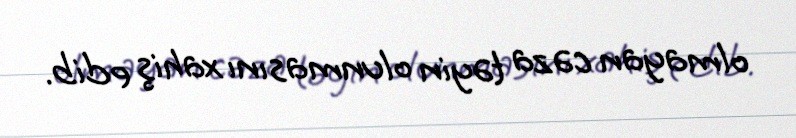
olmayan cəza təyin olunmasını xahiş edib.